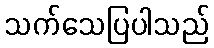
သက်သေပြပါသည်